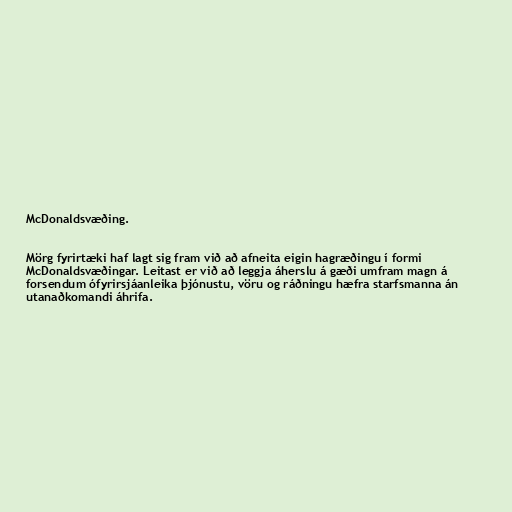
McDonaldsvæðing.

Mörg fyrirtæki haf lagt sig fram við að afneita eigin hagræðingu í formi
McDonaldsvæðingar. Leitast er við að leggja áherslu á gæði umfram magn á
forsendum ófyrirsjáanleika þjónustu, vöru og ráðningu hæfra starfsmanna án
utanaðkomandi áhrifa.